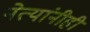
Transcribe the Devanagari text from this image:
नेत्यांनीही